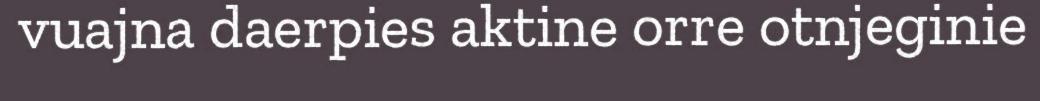
vuajna daerpies aktine orre otnjeginie